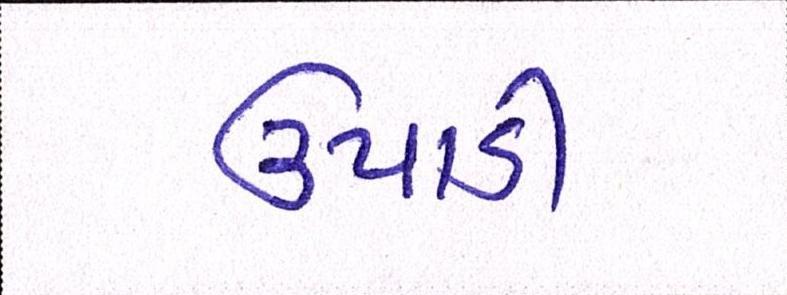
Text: ઉપાડી